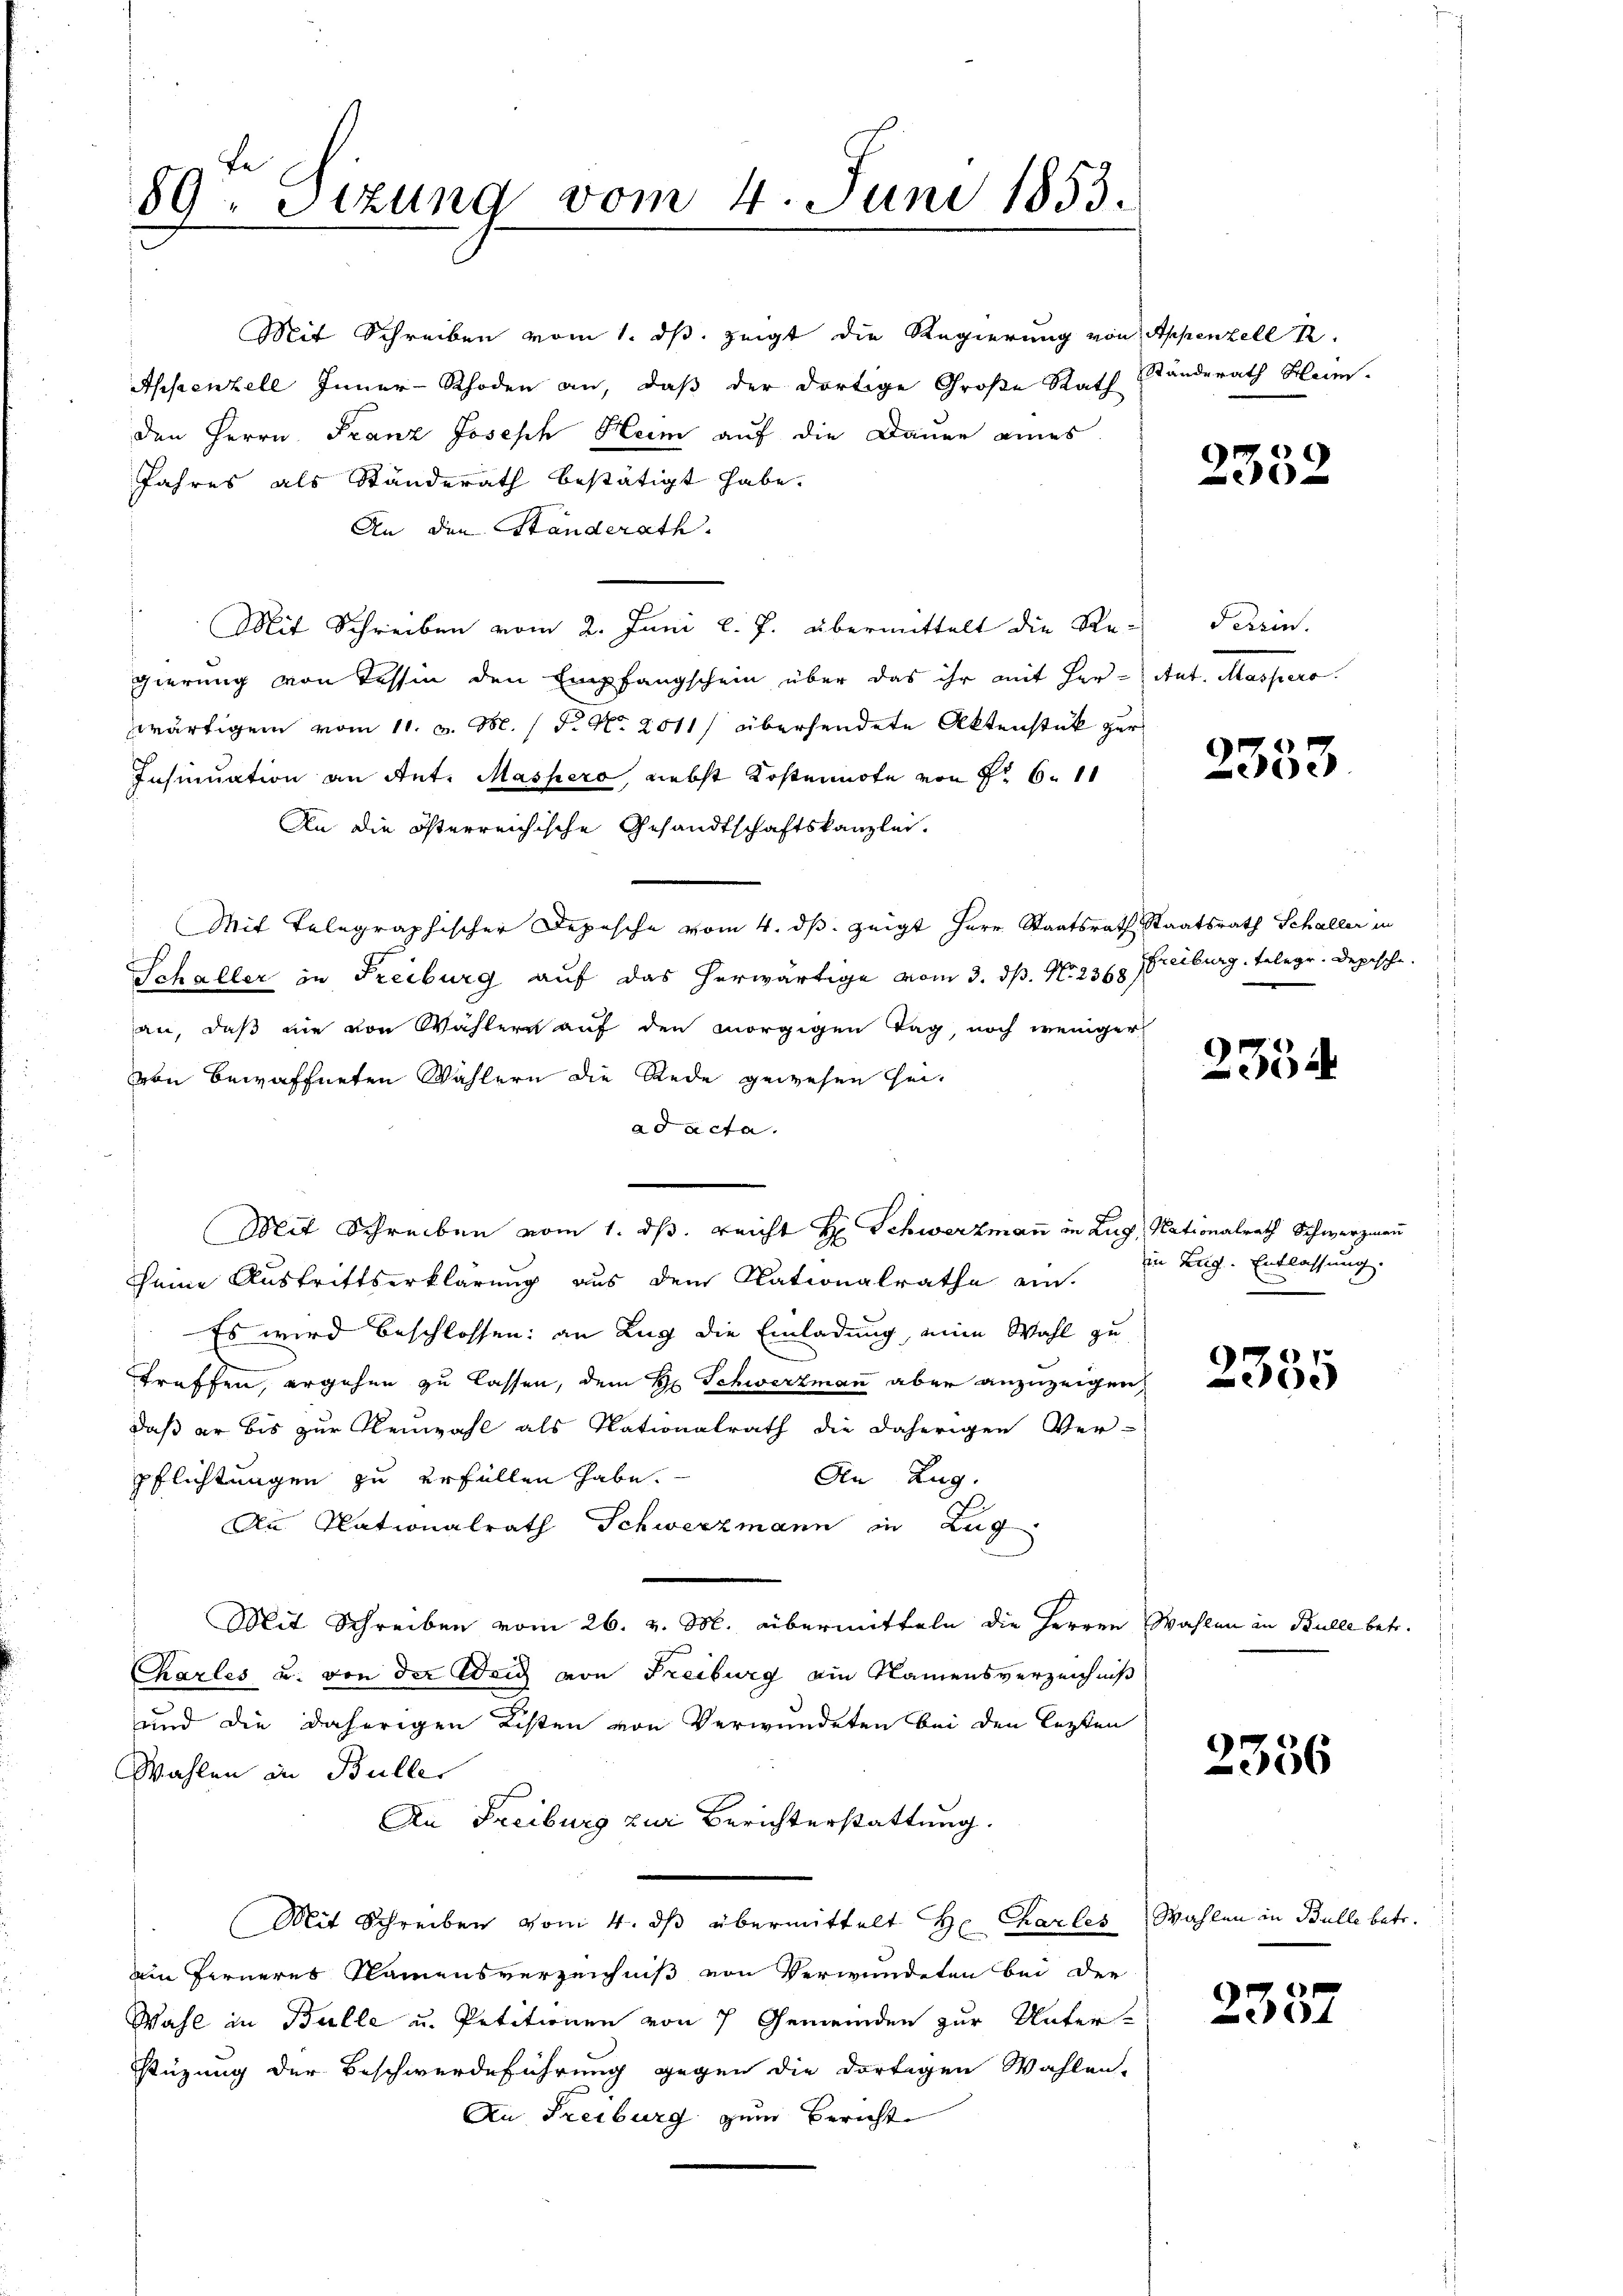
89 Sizung vom 4. Juni 1853.

Mit Schreiben vom 1. ds. zeigt die Regierung von Appenzell A.
Aseenzell Inner-Rhoden an, daβ der dortige Große Rath Standerath Heim.
den Herrn Franz Joseph Heim auf die Dauer eines
Jahres als Ständerath bestätigt habe.
An den Standerath.
Mit Schreiben vom 2. Juni l. J. übermittelt die Re-
gierung von Tessin den Empfangschein über das ihr mit Herwärtigem vom 11. v. M. (T. No 2011/ übersendete Aktenstük zur
Insinuation an Ant. Maspero, nebst Kostennote von Fr. 611
An die österreichische Gesandtschaftskanzlei.
Mit Telegraphischer Depesche vom 4. ds. zeigt Herr Staatsrath Staatsrath Schaller in
Schaller in Freiburg auf das herwärtige vom 3. ds. No. 2368 Freiburg, Telegr. Depesche.
an, daß nie von Wahlern auf den morgigen Tag, noch weniger
von bewaffneten Wahlern die Rede gewesen seiad acta.
Mit Schreiben vom 1. ds. reicht H. Schwerzmaṅ in Zug, Nationalrath Schwerzmann
seine Austrittserklärung aus dem Nationalrathe ein.
¬
Es wird beschlossen: an Zug die Einladung, eine Wahl zu
treffen, ergehen zu lassen, dem H. Schwerzmann aber anzuzeigen,
daß er bis zur Reuwahl als Nationalrath die daherigen Ver-
An Zug.
pflichtungen zu erfüllen habe.
An Nationalrath Schwerzmann in Zug
Mit Schreiben vom 26. v. M. übermitteln die Herren Wahlen in Bulle betr.
Chazles u. von der Weig von Freiburg ein Namensverzeichniß
und die daherigen Listen von Verwundeten bei den letzten
Wahlen in Büller
An Freiburg zur Berichterstattung.
Mit Schreiben vom 4. dβ übermittelt Hr. Kartes Wahlen in Bulle betr.
ain ferneres Namensverzeichniß von Verwundeten bei der
Wahl in Bulle u. Petitionen von 7 Gemeinden zur Unter-
stüzung der Beschwerdeführung gegen die dortigen Wahlen-
An Freiburg zum Bericht

9
332

Perein.
et lesen.

2333

)
a

in Lug. Entlassung.

2335

2386

e
4